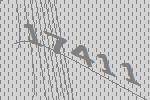
17411